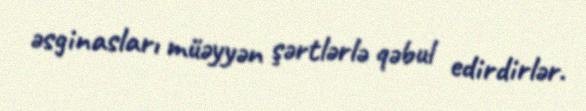
əsginasları müəyyən şərtlərlə qəbul edirdirlər.